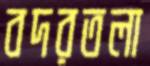
বদরতলা